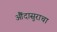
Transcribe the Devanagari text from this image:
औंदासुराचा